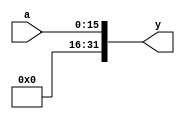
`timescale 1ns / 1ps
//////////////////////////////////////////////////////////////////////////////////
// Company: 
// Engineer: 
// 
// Design Name: 
// Module Name:    zeroext 
// Project Name: 
// Target Devices: 
// Tool versions: 
// Description: 
//
// Dependencies: 
//
// Revision: 
// Revision 0.01 - File Created
// Additional Comments: 
//
//////////////////////////////////////////////////////////////////////////////////
  module zeroext(
   input wire [15:0] a,
   output wire [31:0] y
	);
	
   assign y = {{16{1'b0}}, a};
	
  endmodule